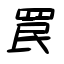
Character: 罠